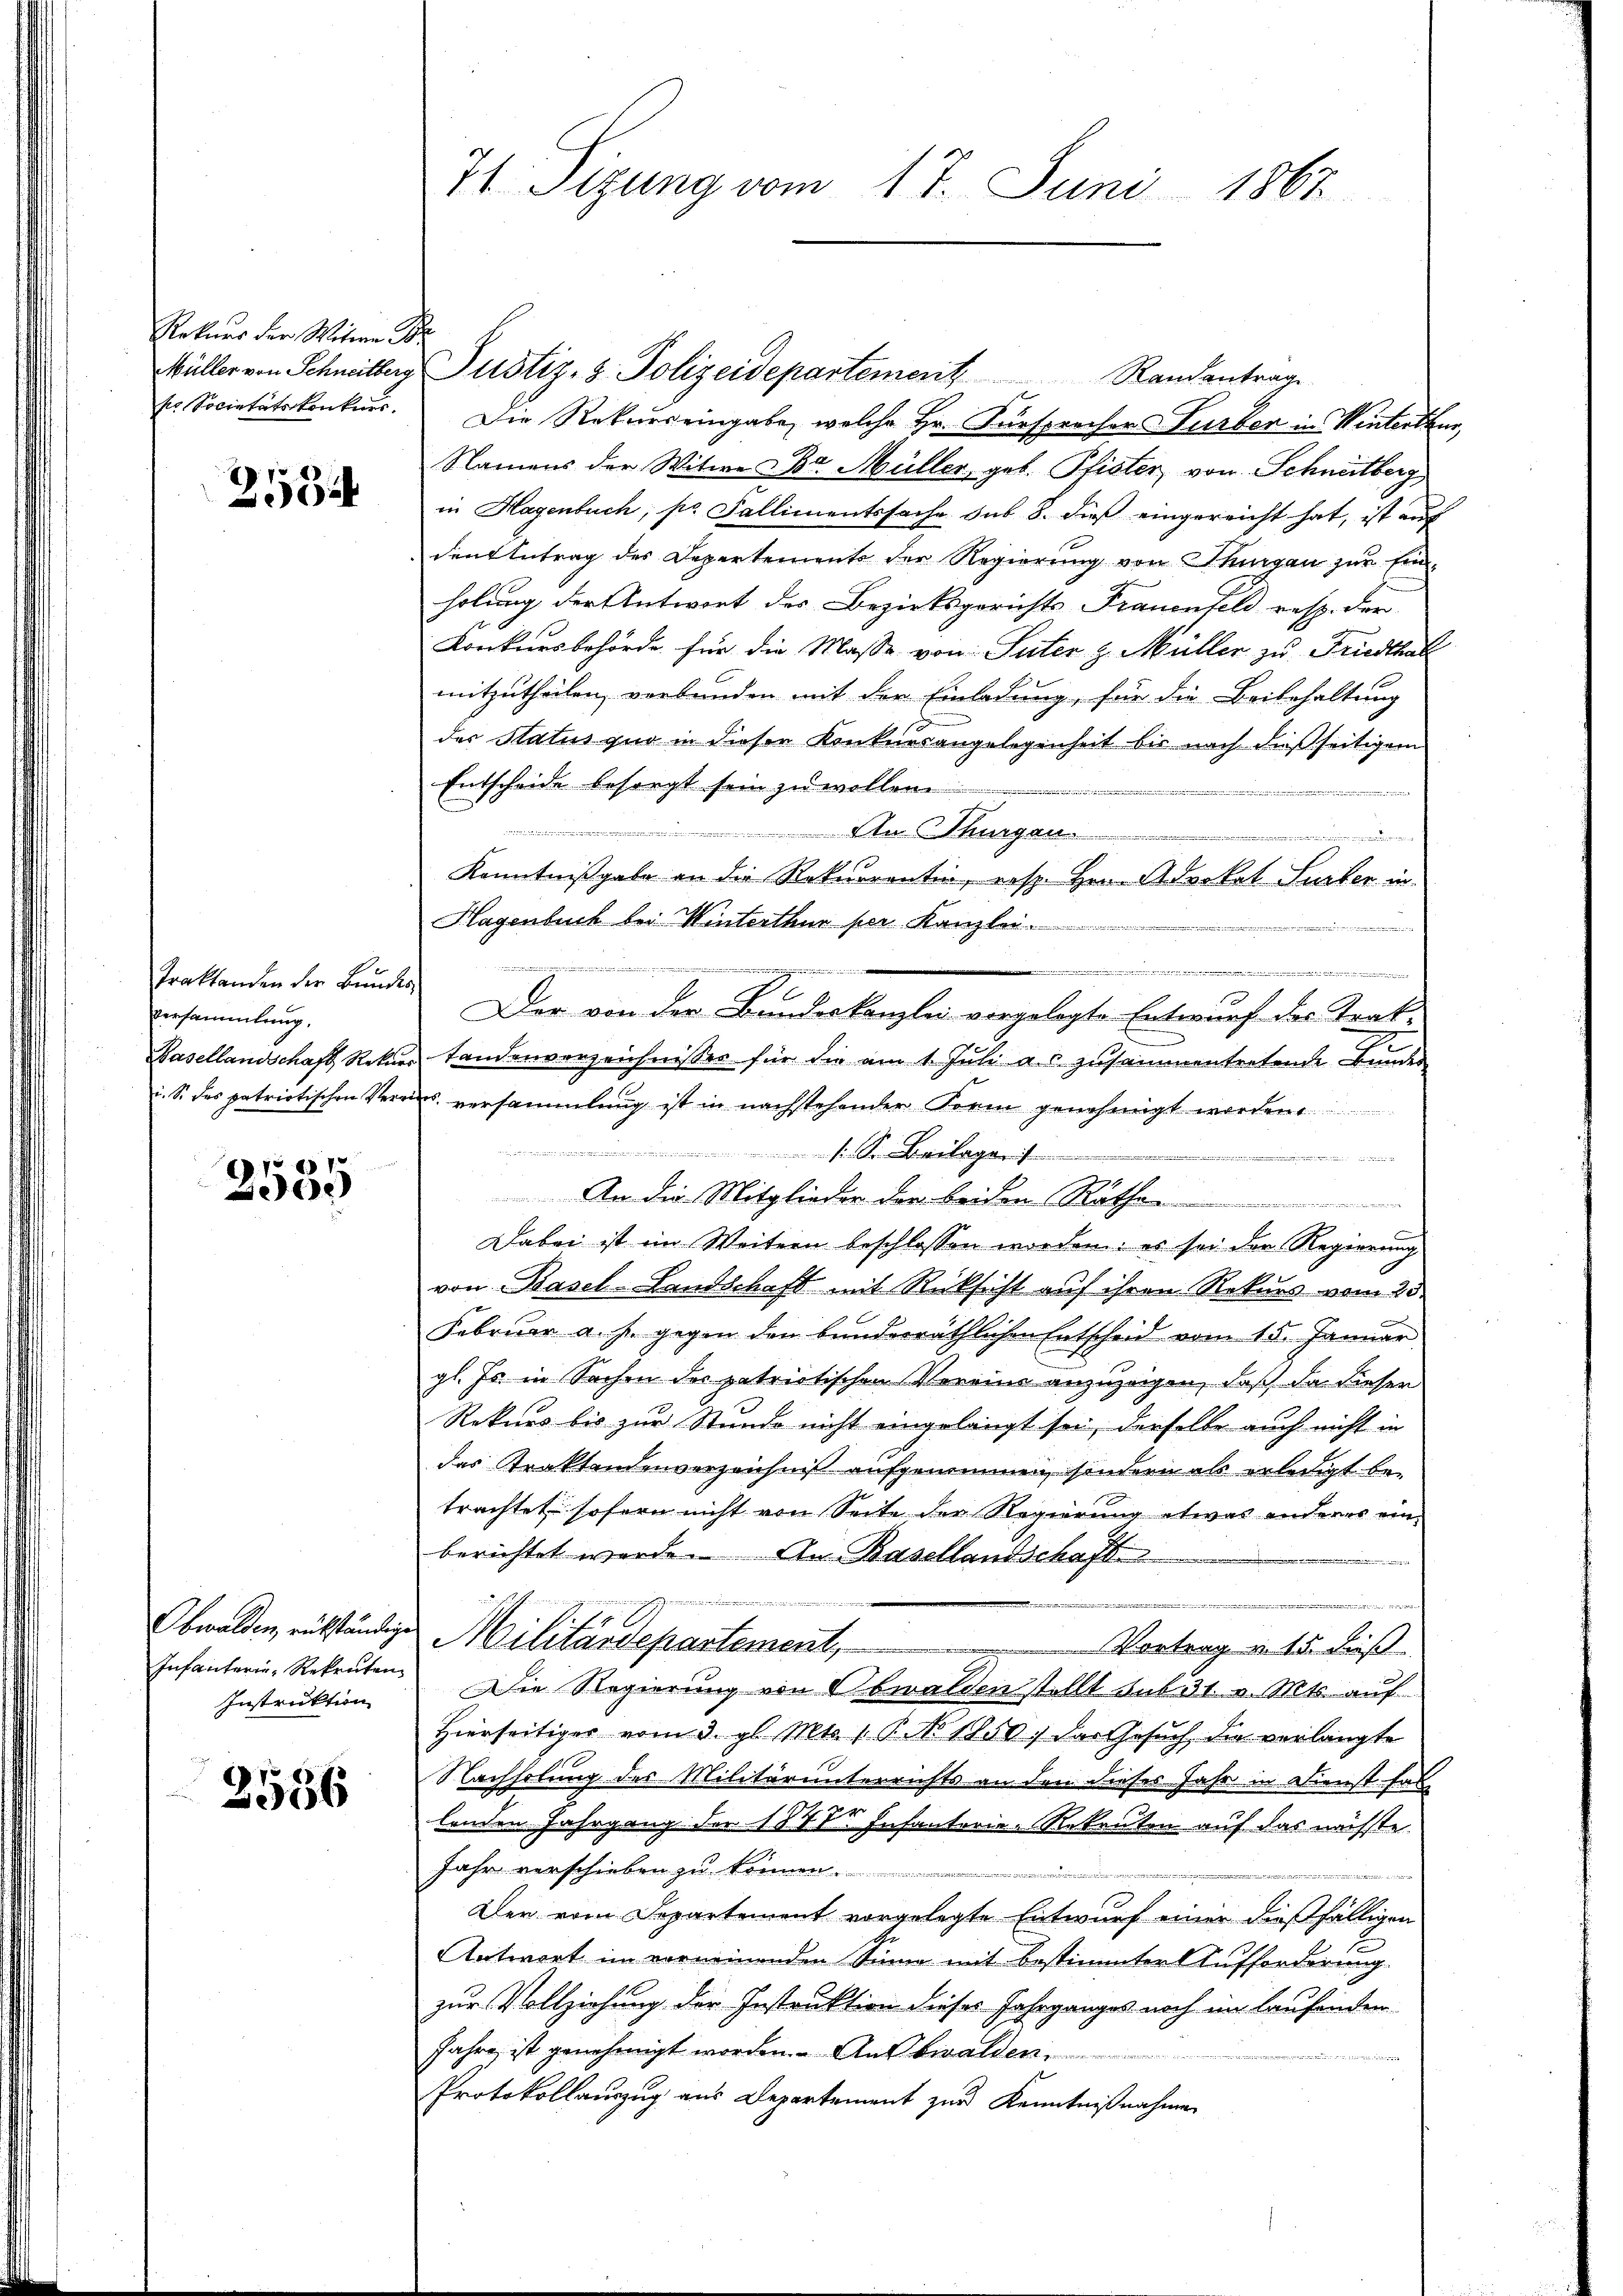
Raturs der Witwe Br
sr Societätskonkurs

21

Traktanden der Bundes
versammlung.
Basellandschaft Rekur
i. S. des patriotischen Ver¬

870.
2500

2556

Obwalden, rükständige
Infanterie-Rekruten.
Instruktion

71. Sizung vom 17. Juni 1867

Die Rekurs eingabe, welche Hr. Fürsprochers Turber in Winterthur,
Namens der Witwe Dr. Müller, geb. Pfister, von Schneitberg
in Hagenbuch, pr Fallimentssache sub 8. dieß eingereicht hat, ist auf
dent Antrag des Departements der Regierung von Thurgau zur Ein-
holung der Antwort des Bezirksgerichts- Frauenfeld resp. der
Konkursbehörde für die Masse von Suter z. Müller zu Friedthal
mitzutheilen, verbunden mit der Einladung, für die Beibehaltung
der Status quo in dieser Konkurrangelegenheit bis nach dießseitigem
Entscheide besorgt sein zu wollen.
än
An Thurgau.
 deine
Kenntnißgabe an die Rekurrentin, resp. Hrn. Advokat Surben in
Hagenbuch bei Winterthur per Kanzlei

de
tandenverzeichnisses für die am 1. Juli a.c. zusammentretende Bundes
uns versammlung ist in nachstehender Form genehmigt worden.
a
Beilage

An die Mitglieder der beiden Rathe
Dabei ist im Weitern beschlossen worden: es sei der Regierung
von Basel-Landschaft mit Rücksicht auf ihren Rekurs vom 25.
Februar a. f. gegen den bunderräthlichen Entscheid vom 15. Januar
gl. Js. in Sachen des patriotischen Vereine anzuzeigen, daß da diesen
Rekurs bis zur Stunde nicht eingelangt sei, derselbe auch nicht in
das Traktendenverzeichniß aufgenommen, sondern als erledigt be-
trachtet sofern nicht von Seite der Regierung etwas anderes einberichtet werde. An Basellandschaft

Militärdepartement,
Vortrag v. 15. Fuß
Die Regierung von Obwalden stellt sub 31. v. Mts. auf
Hierseitiger vom 3. gl. Mts. 1. P. No 1850, das Gesuch die verlangte
Nachholung des Militärunterrichts an den dieses Jahr in Dienst fal
lenden Jahrgang der 1877 Infanterie-Rekanten auf das nächste
Jahr verschieben zu können.
Der vom Departement vorgelegte Entwurf einer dießfälligen
1.
Antwort im vorneinenden Sinne mit bestimmter Aufforderung
zur Vollziehung der Instruktion dieses Jahrganges noch im laufenden
Jahre ist genehmigt worden. Ausbwalden,
Protokollauszug aus Departement zur Kenntnißnahmen

Müller von Schneitberg Justiz- & Polizeidepartement Randantrag

Der von der Bundeskanzlei vorgelegte Entwurf des Trak-

e